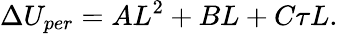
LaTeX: \Delta U_{per}=AL^{2}+BL+C\tau L.